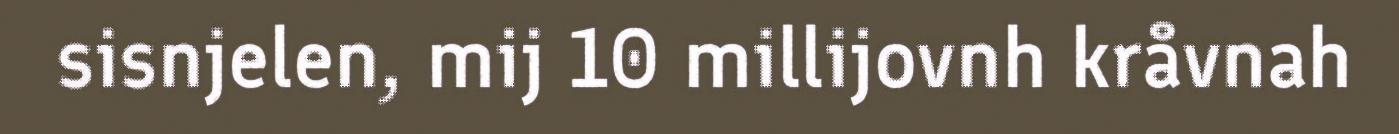
sisnjelen, mij 10 millijovnh kråvnah